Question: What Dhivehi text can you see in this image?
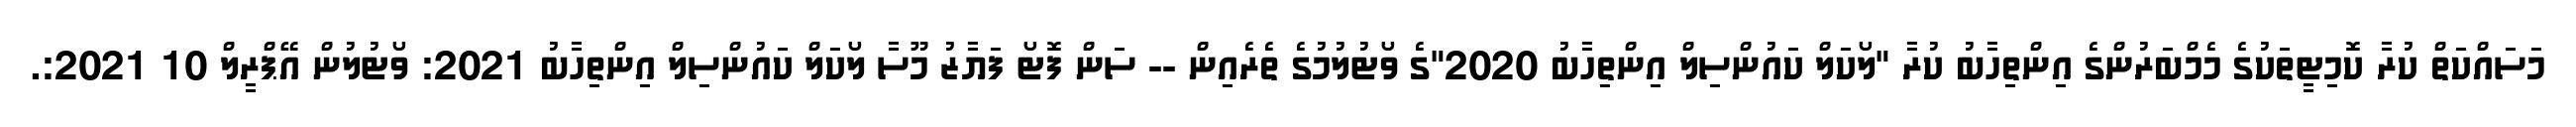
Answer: މަސައްކަތް ކުރާ ކޮމިޓީތަކުގެ މެމްބަރުންގެ އިންތިހާބު ކުރާ "ލޯކަލް ކައުންސިލް އިންތިހާބު 2020"ގެ ވޯޓުލުމުގެ ތެރެއިން -- ސަން ފޮޓޯ ފަޔާޒު މޫސާ ލޯކަލް ކައުންސިލް އިންތިހާބު 2021: ވޯޓުލުން އޭޕްރީލް 10 2021:.